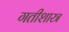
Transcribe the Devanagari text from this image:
गतीशास्त्र